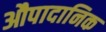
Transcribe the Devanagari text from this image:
औपादानिक